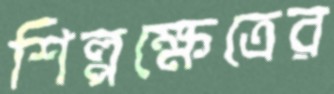
শিল্পক্ষেত্রের